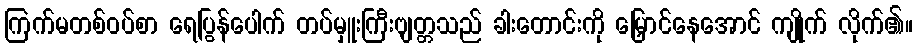
ကြက်မတစ်ဝပ်စာ ရေပြွန်ပေါက် တပ်မှူးကြီးဗျတ္တသည် ခါးတောင်းကို မြှောင်နေအောင် ကျိုက် လိုက်၏။